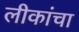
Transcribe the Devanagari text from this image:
लीकांचा